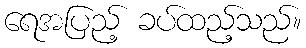
ရေအပြည့် ခပ်ထည့်သည်။